Indian journal of veterinary science and animal husbandry - Volumes 18-21, 1948-1951
Year: 1948
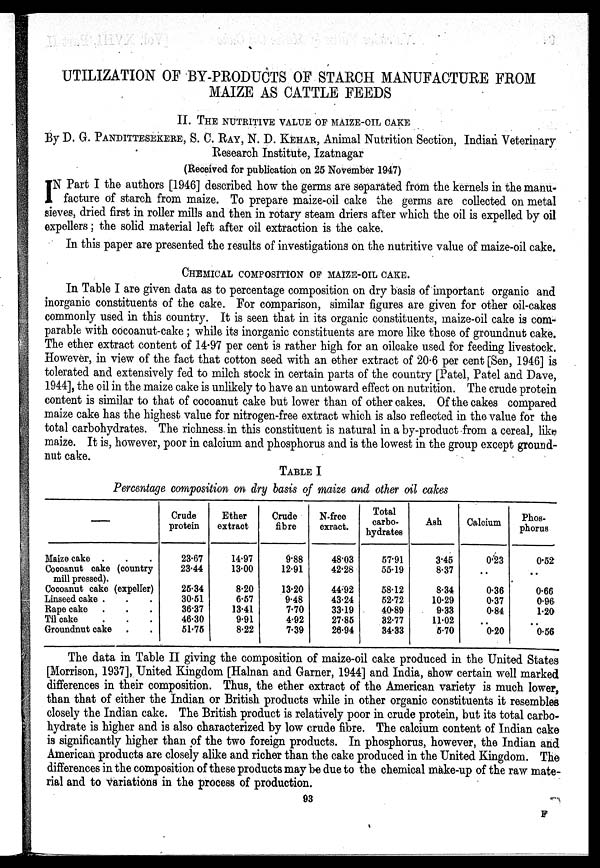
UTILIZATION OF BY-PRODUCTS OF STARCH MANUFACTURE FROM
MAIZE AS CATTLE FEEDS
II. THE NUTRITIVE VALUE OF MAIZE-OIL CAKE
By D. G. PANDITTESEKERE, S. C. RAY, N. D. KEHAR, Animal Nutrition Section, Indian Veterinary
Research Institute, Izatnagar
(Received for publication on 25 November 1947)
I N Part I the authors [1946] described how the germs are separated from the kernels in the manu-
facture of starch from maize. To prepare maize-oil cake the germs are collected on metal
sieves, dried first in roller mills and then in rotary steam driers after which the oil is expelled by oil
expellers; the solid material left after oil extraction is the cake.
In this paper are presented the results of investigations on the nutritive value of maize-oil cake.
CHEMICAL COMPOSITION OF MAIZE-OIL CAKE.
In Table I are given data as to percentage composition on dry basis of important organic and
inorganic constituents of the cake. For comparison, similar figures are given for other oil-cakes
commonly used in this country. It is seen that in its organic constituents, maize-oil cake is com-
parable with cocoanut-cake; while its inorganic constituents are more like those of groundnut cake.
The ether extract content of 14.97 per cent is rather high for an oilcake used for feeding livestock.
However, in view of the fact that cotton seed with an ether extract of 20.6 per cent [Sen, 1946] is
tolerated and extensively fed to milch stock in certain parts of the country [Patel, Patel and Dave,
1944], the oil in the maize cake is unlikely to have an untoward effect on nutrition. The crude protein
content is similar to that of cocoanut cake but lower than of other cakes. Of the cakes compared
maize cake has the highest value for nitrogen-free extract which is also reflected in the value for the
total carbohydrates. The richness in this constituent is natural in a by-product from a cereal, like
maize. It is, however, poor in calcium and phosphorus and is the lowest in the group except ground-
nut cake.
TABLE I
Percentage composition on dry basis of maize and other oil cakes
—
Maize cake . . .
Cocoanut cake (country
mill pressed).
Cocoanut cake (expeller)
Linseed cake . . .
Rape cake . . .
Til cake . . .
Groundnut cake . .
Crude
protein
23.67
23.44
25.34
30.51
36.37
46.30
51.75
Ether
extract
14.97
13.00
8.20
6.57
13.41
9.91
8.22
Crude
fibre
9.88
12.91
13.20
9.48
7.70
4.92
7.39
N-free
exract.
48.03
42.28
44.92
43.24
33.19
27.85
26.94
Total
carbo-
hydrates
57.91
55.19
58.12
52.72
40.89
32.77
34.33
Ash
3.45
8.37
8.34
10.29
9.33
11.02
5.70
Calcium
0.23
. .
0.36
0.37
0.84
. .
0.20
Phos-
phorus
0.52
. .
0.66
0.96
1.20
. .
0.56
The data in Table II giving the composition of maize-oil cake produced in the United States
[Morrison, 1937], United Kingdom [Halnan and Garner, 1944] and India, show certain well marked
differences in their composition. Thus, the ether extract of the American variety is much lower,
than that of either the Indian or British products while in other organic constituents it resembles
closely the Indian cake. The British product is relatively poor in crude protein, but its total carbo-
hydrate is higher and is also characterized by low crude fibre. The calcium content of Indian cake
is significantly higher than of the two foreign products. In phosphorus, however, the Indian and
American products are closely alike and richer than the cake produced in the United Kingdom. The
differences in the composition of these products may be due to the chemical make-up of the raw mate-
rial and to variations in the process of production.
93
F